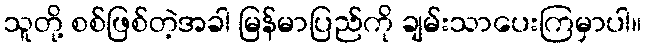
သူတို့ စစ်ဖြစ်တဲ့အခါ မြန်မာပြည်ကို ချမ်းသာပေးကြမှာပါ။